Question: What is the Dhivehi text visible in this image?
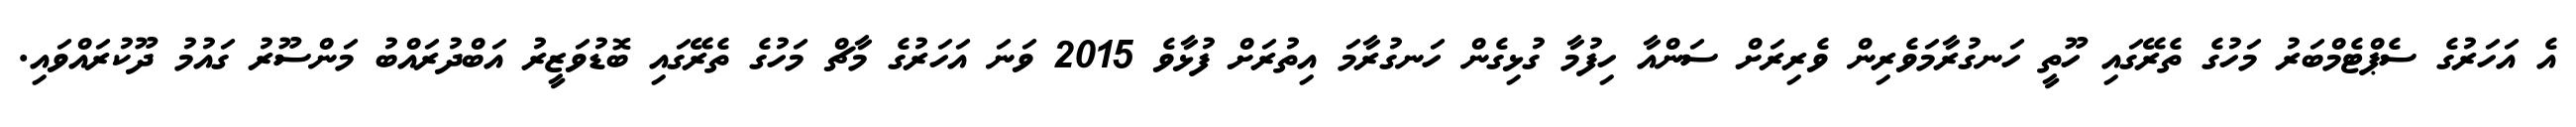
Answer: އެ އަހަރުގެ ސެޕްޓެމްބަރު މަހުގެ ތެރޭގައި ހޫތީ ހަނގުރާމަވެރިން ވެރިރަށް ސަންއާ ހިފުމާ ގުޅިގެން ހަނގުރާމަ އިތުރަށް ފުޅާވެ 2015 ވަނަ އަހަރުގެ މާޗް މަހުގެ ތެރޭގައި ބޮޑުވަޒީރު އަބްދުރައްބު މަންސޫރު ގައުމު ދޫކުރައްވައި.